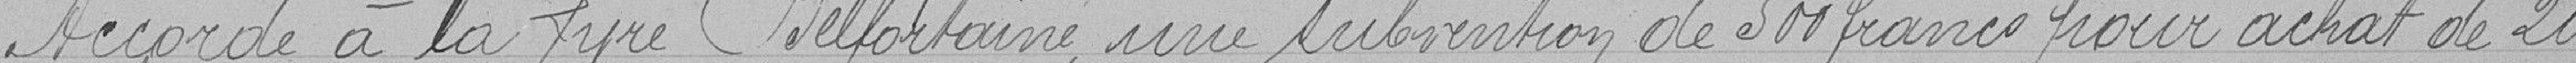
Accorde à la lyre Belfortaine, une subvention de 500 francs pour l'achat de 20